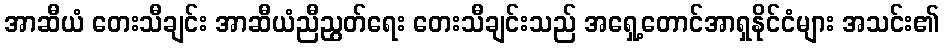
အာဆီယံ တေးသီချင်း အာဆီယံညီညွတ်ရေး တေးသီချင်းသည် အရှေ့တောင်အာရှနိုင်ငံများ အသင်း၏